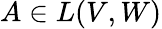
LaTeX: A\in L(V,W)